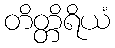
တိတ္တိရိယံ